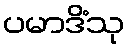
ပမာဒိံသု